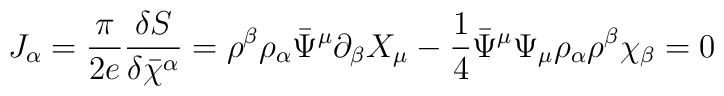
J_{\alpha}= \frac{\pi}{2e}\frac{\delta S}{\delta\bar{\chi}^{\alpha}}=\rho^{\beta}\rho_{\alpha}\bar{\Psi}^{\mu}\partial_{\beta}X_{\mu} -\frac{1}{4}\bar{\Psi }^{\mu}\Psi_{\mu}\rho_{\alpha}\rho^{\beta}\chi_{\beta} =0